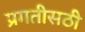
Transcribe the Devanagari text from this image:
प्रगतीसठी